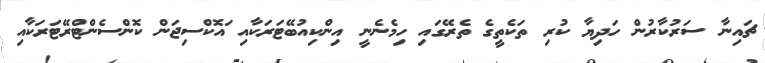
ޗައިނާ ސަރުކާރުން ހަދިޔާ ކުރި ތަކެތީގެ ތެރޭގައި ހިމެނެނީ އިންކިއުބޭޓަރަކާއި ައޮކްސިޖަން ކޮންސެންޓްރޭޓަރަކާއި